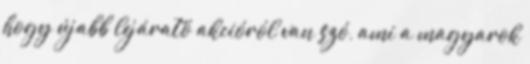
hogy újabb lejárató akcióról van szó, ami a magyarok